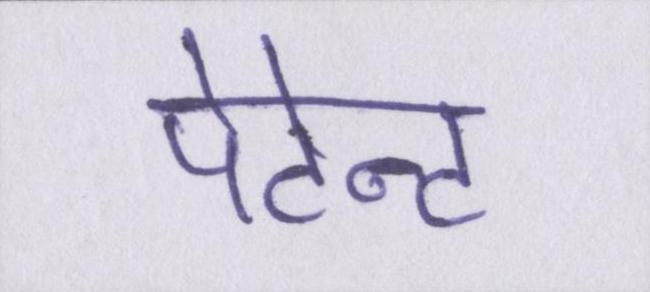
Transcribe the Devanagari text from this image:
पेटेन्ट